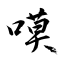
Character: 嗼